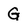
Character: G